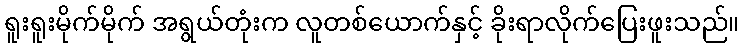
ရူးရူးမိုက်မိုက် အရွယ်တုံးက လူတစ်ယောက်နှင့် ခိုးရာလိုက်ပြေးဖူးသည်။